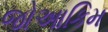
જોઆકિમ